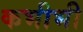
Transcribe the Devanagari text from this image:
कभीभी